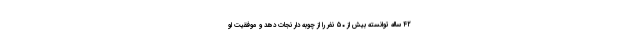
۴٢ ساله توانسته بیش از ۵٠ نفر را از چوبه دار نجات دهد و موفقیت او